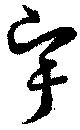
宇